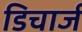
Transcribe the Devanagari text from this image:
डिचार्ज